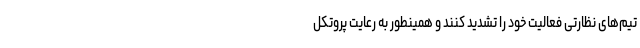
تیم‌های نظارتی فعالیت خود را تشدید کنند و همینطور به رعایت پروتکل